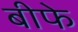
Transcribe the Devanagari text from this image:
बीफे